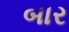
બાર